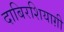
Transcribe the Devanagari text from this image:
दाबिरशियाग़ी